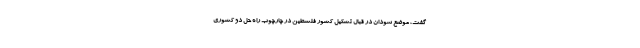
گفت، موضع سودان در قبال تشکیل کشور فلسطین در چارچوب راه حل دو کشوری